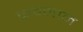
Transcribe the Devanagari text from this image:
कवनाने